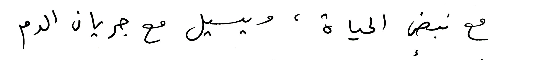
مع نبض الحياة، ويسيل مع جريان الدم